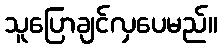
သူပြောချင်လှပေမည်။